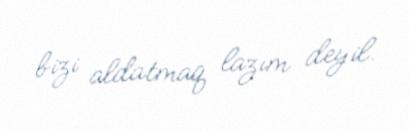
bizi aldatmaq lazım deyil.